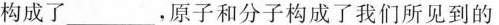
构成了________，原子和分子构成了我们所见到的